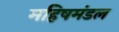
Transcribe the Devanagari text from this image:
महिषमंडल